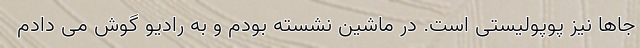
جاها نیز پوپولیستی است. در ماشین نشسته بودم و به رادیو گوش می دادم